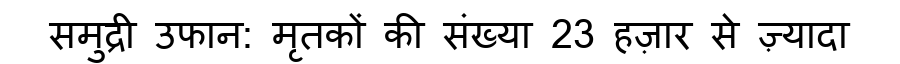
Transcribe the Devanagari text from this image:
समुद्री उफान: मृतकों की संख्या 23 हज़ार से ज़्यादा